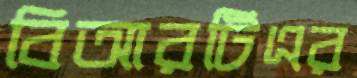
বিআরটিএর